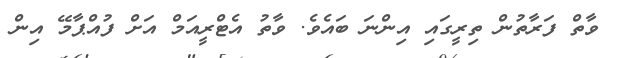
ވާތް ފަރާތުން ތިރީގައި އިންނަ ބައެވެ. ވާތު އެޓްރީއަމް އަށް ފުއްޕާމޭ އިން